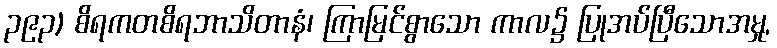
၃၉၃) စိရကတစိရဘာသိတာနံ၊ ကြာမြင်စွာသော ကာလ၌ ပြုအပ်ပြီသောအမှု,